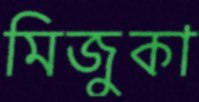
মিজুকা